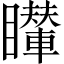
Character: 𥌦